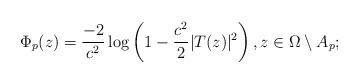
LaTeX: \begin{align*} \Phi_{p}( z) = {\frac{-2}{c^2}} \log \left (1 - \frac{c^2}{2} |T(z)|^2 \right ), z \in \Omega \setminus A_p;\end{align*}